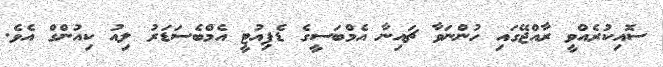
ސޮއިކުރެއްވީ ރާއްޖޭގައި ހުންނަވާ ޗައިނާ އެމްބަސީގެ ޑެޕިއުޓީ އެމްބެސަޑަރު ލިއު ކިއުންގް އެވެ.